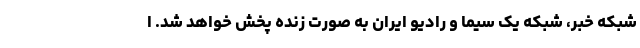
شبکه خبر، شبکه یک سیما و رادیو ایران به صورت زنده پخش خواهد شد. ا